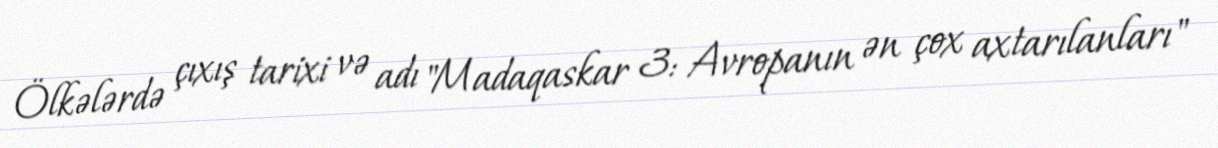
Ölkələrdə çıxış tarixi və adı "Madaqaskar 3: Avropanın ən çox axtarılanları"